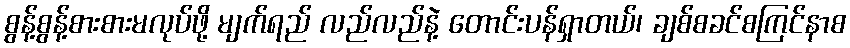
စွန့်စွန့်စားစားမလုပ်ဖို့ မျက်ရည် လည်လည်နဲ့ တောင်းပန်ရှာတယ်၊ ချစ်စခင်စကြင်နာစ